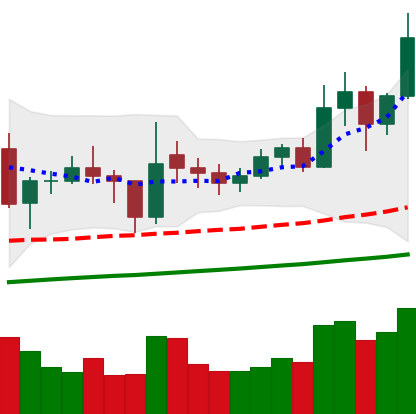
Ticker: ETC-USD
Chart end date: 2021-02-09
Forward return: 68.692%
Label: up_7plus